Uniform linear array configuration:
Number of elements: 4
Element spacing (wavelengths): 0.75
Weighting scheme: hamming
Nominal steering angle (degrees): -15
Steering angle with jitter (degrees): -13.724
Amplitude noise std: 0.05
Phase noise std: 0.05

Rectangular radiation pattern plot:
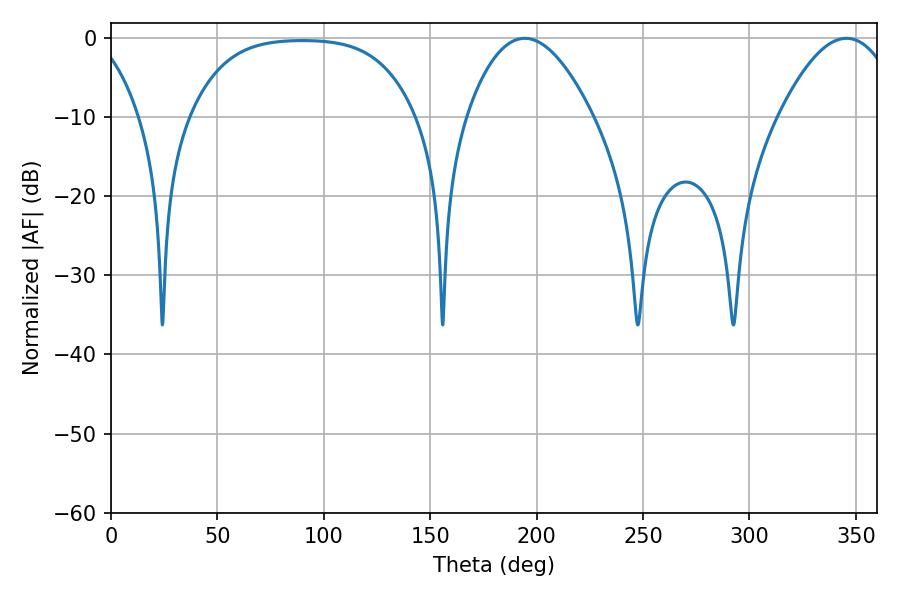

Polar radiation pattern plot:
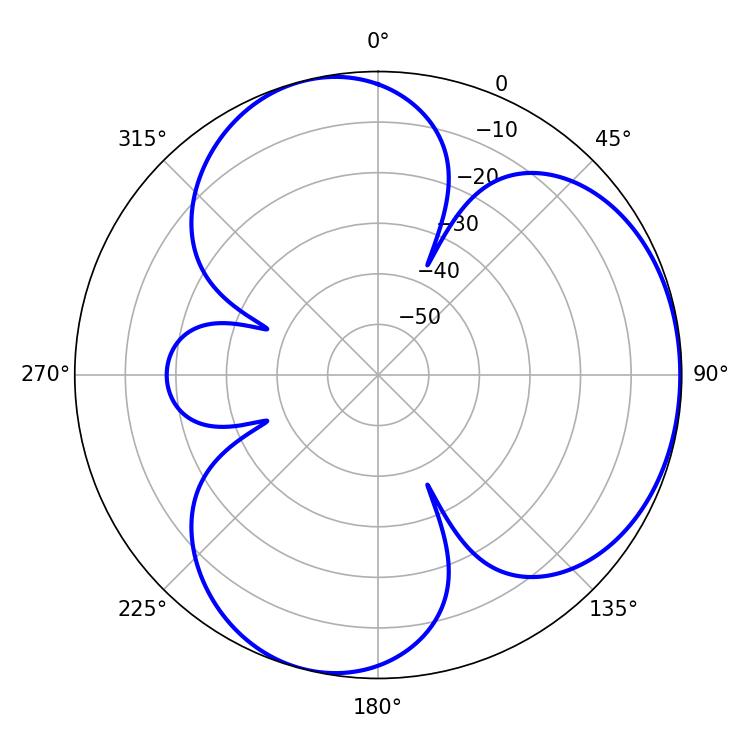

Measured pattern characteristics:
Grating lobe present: TRUE
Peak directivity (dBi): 4.245
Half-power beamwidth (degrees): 32.58
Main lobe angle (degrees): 194.4